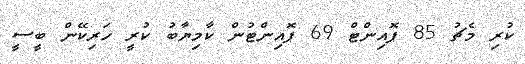
ކުރި މެޗު 85 ޕޮއިންޓް 69 ޕޮއިންޓުން ކާމިޔާބު ކުރީ ހަރިކޭން ބީސީ